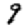
Digit: 9